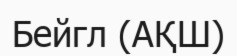
Бейгл (АҚШ)